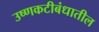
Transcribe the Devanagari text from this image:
उष्णकटीबंधातील